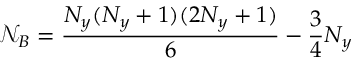
\mathcal { N } _ { B } = { \frac { N _ { y } ( N _ { y } + 1 ) ( 2 N _ { y } + 1 ) } { 6 } } - \frac { 3 } { 4 } N _ { y }